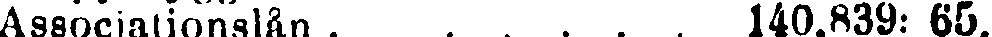
Associationslån 140,839: 65.